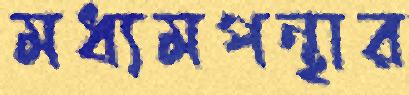
মধ্যমপন্থার